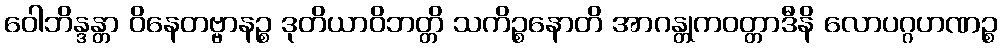
ဝေါဘိန္ဒန္တာ ဝိနေတဗ္ဗာနဉ္စ ဒုတိယာဝိဘတ္တိ သကိဉ္စနောတိ အာဂန္တုကဝတ္တာဒီနိ လောပဂ္ဂဟဏဉ္စ